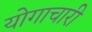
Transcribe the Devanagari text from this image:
योगाचारी